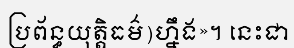
ប្រព័ន្ធយុត្តិធម៌)ហ្នឹង»។ នេះជា